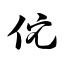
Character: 佗